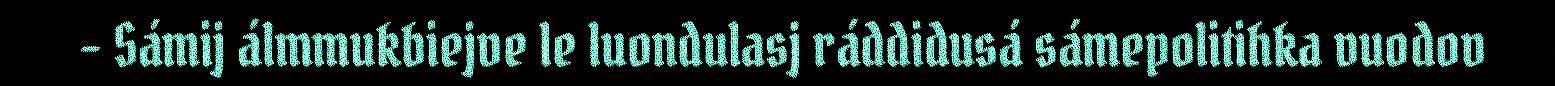
– Sámij álmmukbiejve le luondulasj ráddidusá sámepolitihka vuodov